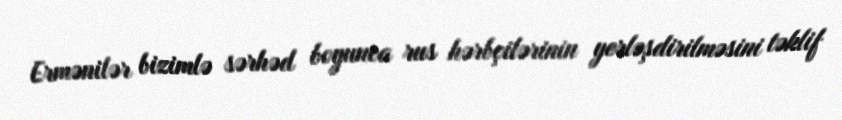
Ermənilər bizimlə sərhəd boyunca rus hərbçilərinin yerləşdirilməsini təklif